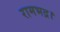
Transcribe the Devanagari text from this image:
रामभद्र।